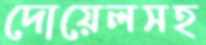
দোয়েলসহ